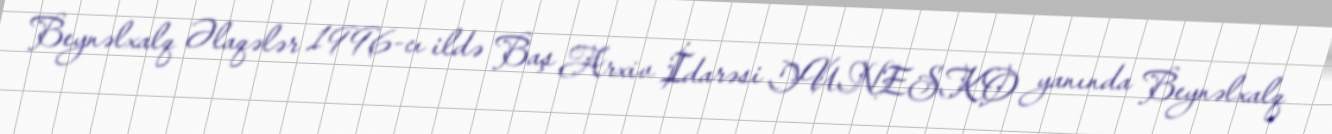
Beynəlxalq Əlaqələr 1996-cı ildə Baş Arxiv İdarəsi YUNESKO yanında Beynəlxalq